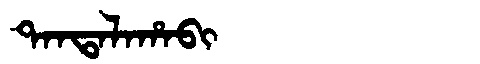
Manchu: ᡨᠠᠨᡨᠠᠯᠠᡥᠠᠪᡳ
Romanization: TANTALAHABI